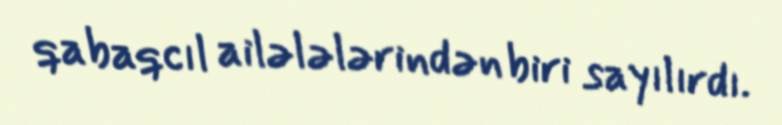
qabaqcıl ailələlərindən biri sayılırdı.